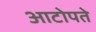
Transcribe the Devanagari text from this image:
आटोपते